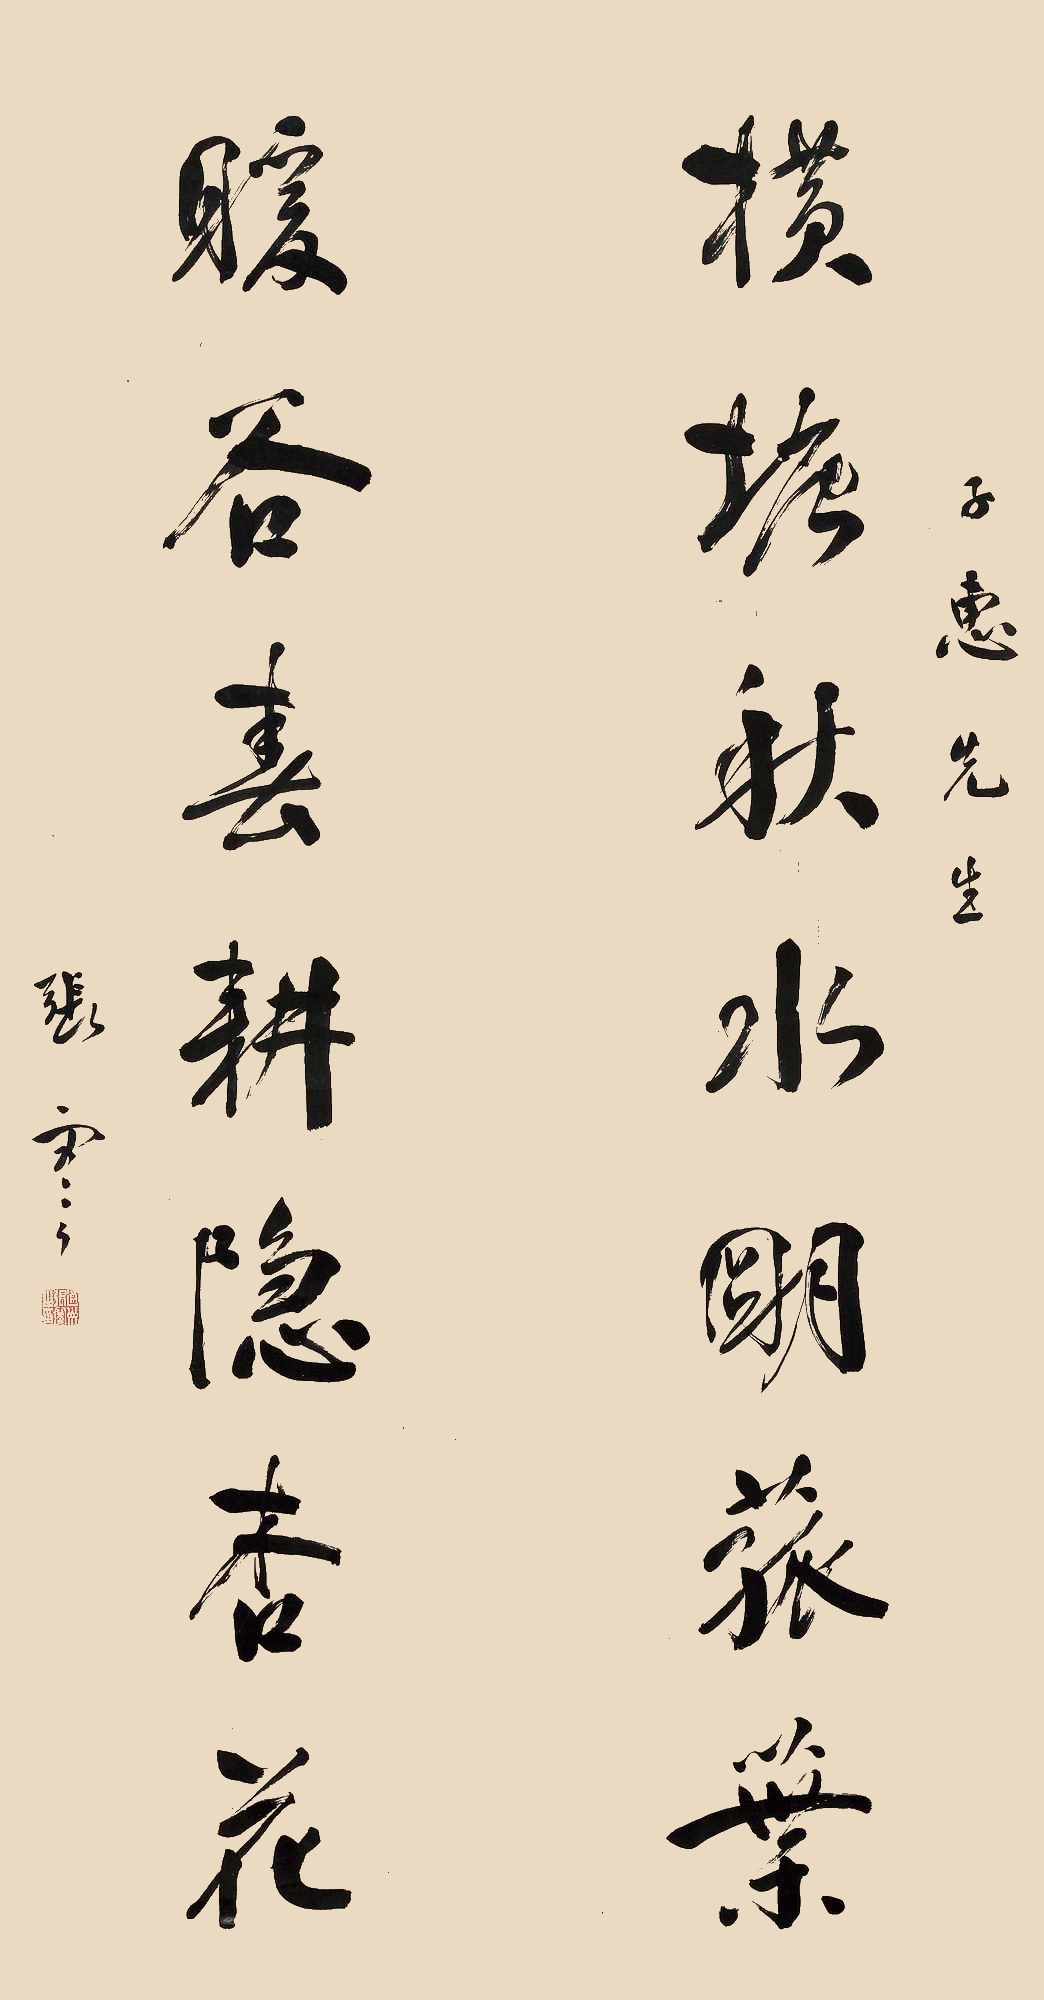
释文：横塘秋水明菰叶，暖谷春耕隐杏花。子惠先生，张謇。